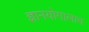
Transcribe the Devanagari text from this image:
ज्ञानयोगालाच